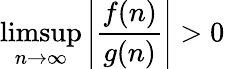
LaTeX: \operatorname*{limsup}_{n\to\infty}\left|{\frac{f(n)}{g(n)}}\right|>0